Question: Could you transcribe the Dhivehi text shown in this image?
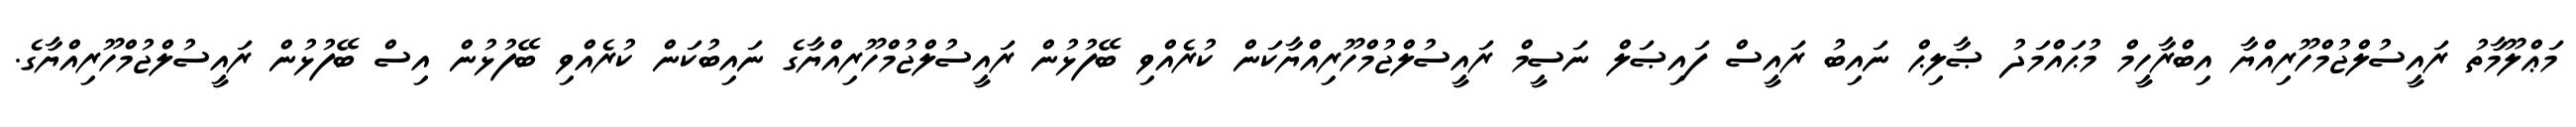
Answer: މަޢްލޫމާތު ރައީސުލްޖުމްހޫރިއްޔާ އިބްރާހީމް މުޙައްމަދު ޞާލިޙް ނައިބު ރައީސް ފައިޞަލް ނަސީމް ރައީސުލްޖުމްހޫރިއްޔާކަން ކުރެއްވި ބޭފުޅުން ރައީސުލްޖުމްހޫރިއްޔާގެ ނައިބުކަން ކުރެއްވި ބޭފުޅުން އިސް ބޭފުޅުން ރައީސުލްޖުމްހޫރިއްޔާގެ.